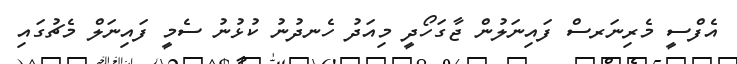
އެފްސީ މެރިނަރސް ފައިނަލުން ޖާގަހޯދީ މިއަދު ހެނދުނު ކުޅުނު ސެމީ ފައިނަލް މެޗުގައި